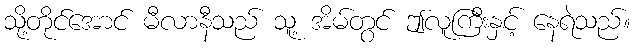
သို့တိုင်အောင် မီလာနီသည် သူ့ အိမ်တွင် ဤလူကြီးနှင့် နေရဲသည်။